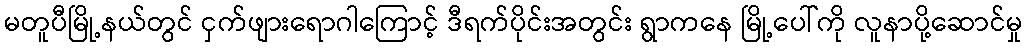
မတူပီမြို့နယ်တွင် ငှက်ဖျားရောဂါကြောင့် ဒီရက်ပိုင်းအတွင်း ရွာကနေ မြို့ပေါ်ကို လူနာပို့ဆောင်မှု